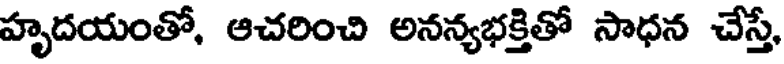
హృదయంతో, ఆచరించి అనన్యభక్తితో సాధన చేస్తే,